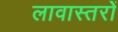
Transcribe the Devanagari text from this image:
लावास्तरोें